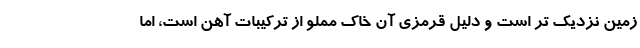
زمین نزدیک تر است و دلیل قرمزی آن خاک مملو از ترکیبات آهن است، اما